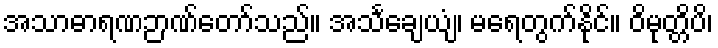
အသာဓာရဏဉာဏ်တော်သည်။ အသင်္ချေယျံ၊ မရေတွက်နိုင်။ ဝိမုတ္တိပိ၊